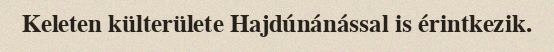
Keleten külterülete Hajdúnánással is érintkezik.